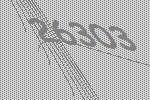
26303